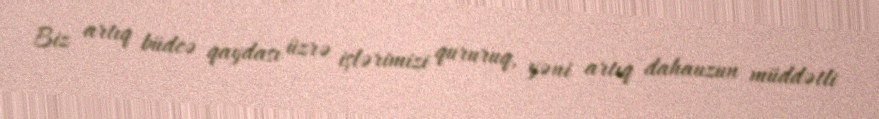
Biz artıq büdcə qaydası üzrə işlərimizi qururuq, yəni artıq dahauzun müddətli